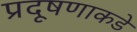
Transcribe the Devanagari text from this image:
प्रदूषणाकडे